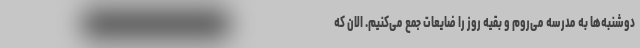
دوشنبه‌ها به مدرسه می‌روم و بقیه روز را ضایعات جمع می‌کنیم. الان که